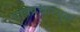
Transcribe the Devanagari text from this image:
वाक्प्रचारयुक्त